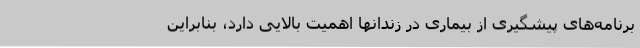
برنامه‌های پیشگیری از بیماری در زندانها اهمیت بالایی دارد، بنابراین